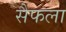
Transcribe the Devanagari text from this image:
सैफला